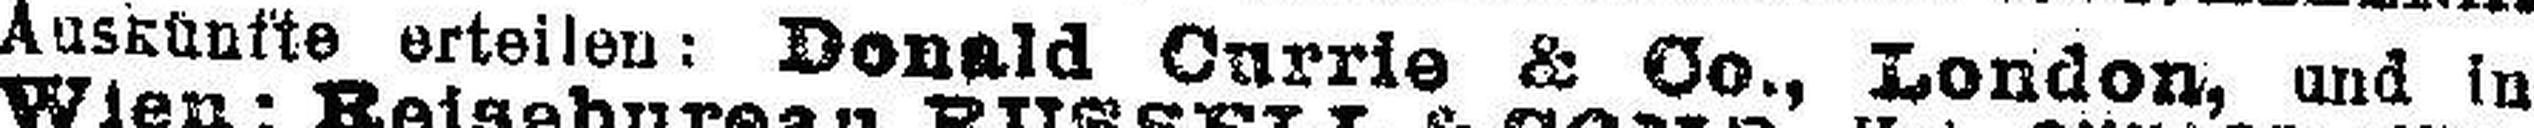
Auskünfte erteilen: Donald Currie & Co., London, und in